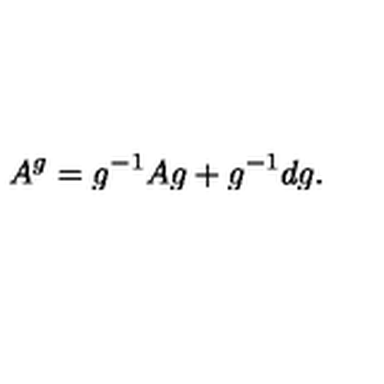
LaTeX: A ^ { g } = g ^ { - 1 } A g + g ^ { - 1 } d g .